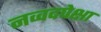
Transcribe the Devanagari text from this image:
नव्वदपेक्षा